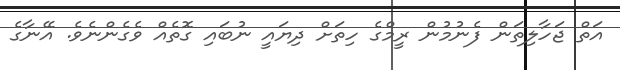
އަތް ޖަހާލިތަން ފެނުމުން ރީމްގެ ހިތަށް ދިޔައީ ނުބައި ގޮތެއް ވެގެންނެވެ. އޭނާގެ